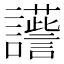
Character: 𧭽